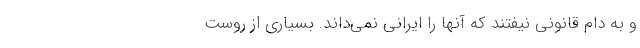
و به دام قانوني نيفتند كه آنها را ايراني نمي‌داند. بسياري از روست